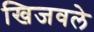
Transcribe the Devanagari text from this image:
खिजवले